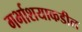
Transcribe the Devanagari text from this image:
गर्भाशयाकडील